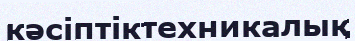
кәсіптіктехникалық